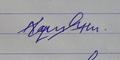
Signature authenticity: forged